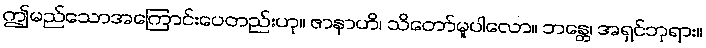
ဤမည်သောအကြောင်းပေတည်းဟု။ ဇာနာဟိ၊ သိတော်မူပါလော။ ဘန္တေ၊ အရှင်ဘုရား။